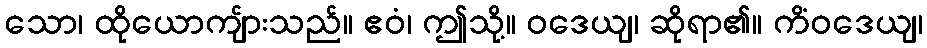
သော၊ ထိုယောကျ်ားသည်။ ဧဝံ၊ ဤသို့။ ဝဒေယျ၊ ဆိုရာ၏။ ကိံဝဒေယျ၊